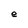
Character: e